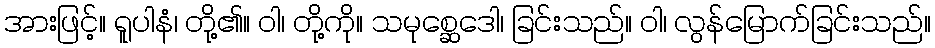
အားဖြင့်။ ရူပါနံ၊ တို့၏။ ဝါ၊ တို့ကို။ သမုစ္ဆေဒေါ၊ ခြင်းသည်။ ဝါ၊ လွန်မြောက်ခြင်းသည်။